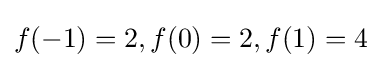
f(-1)=2,f(0)=2,f(1)=4